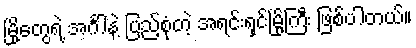
မြို့တွေရဲ့ အင်္ဂါနဲ့ ပြည့်စုံတဲ့ အရင်းရှင်မြို့ကြီး ဖြစ်ပါတယ်။